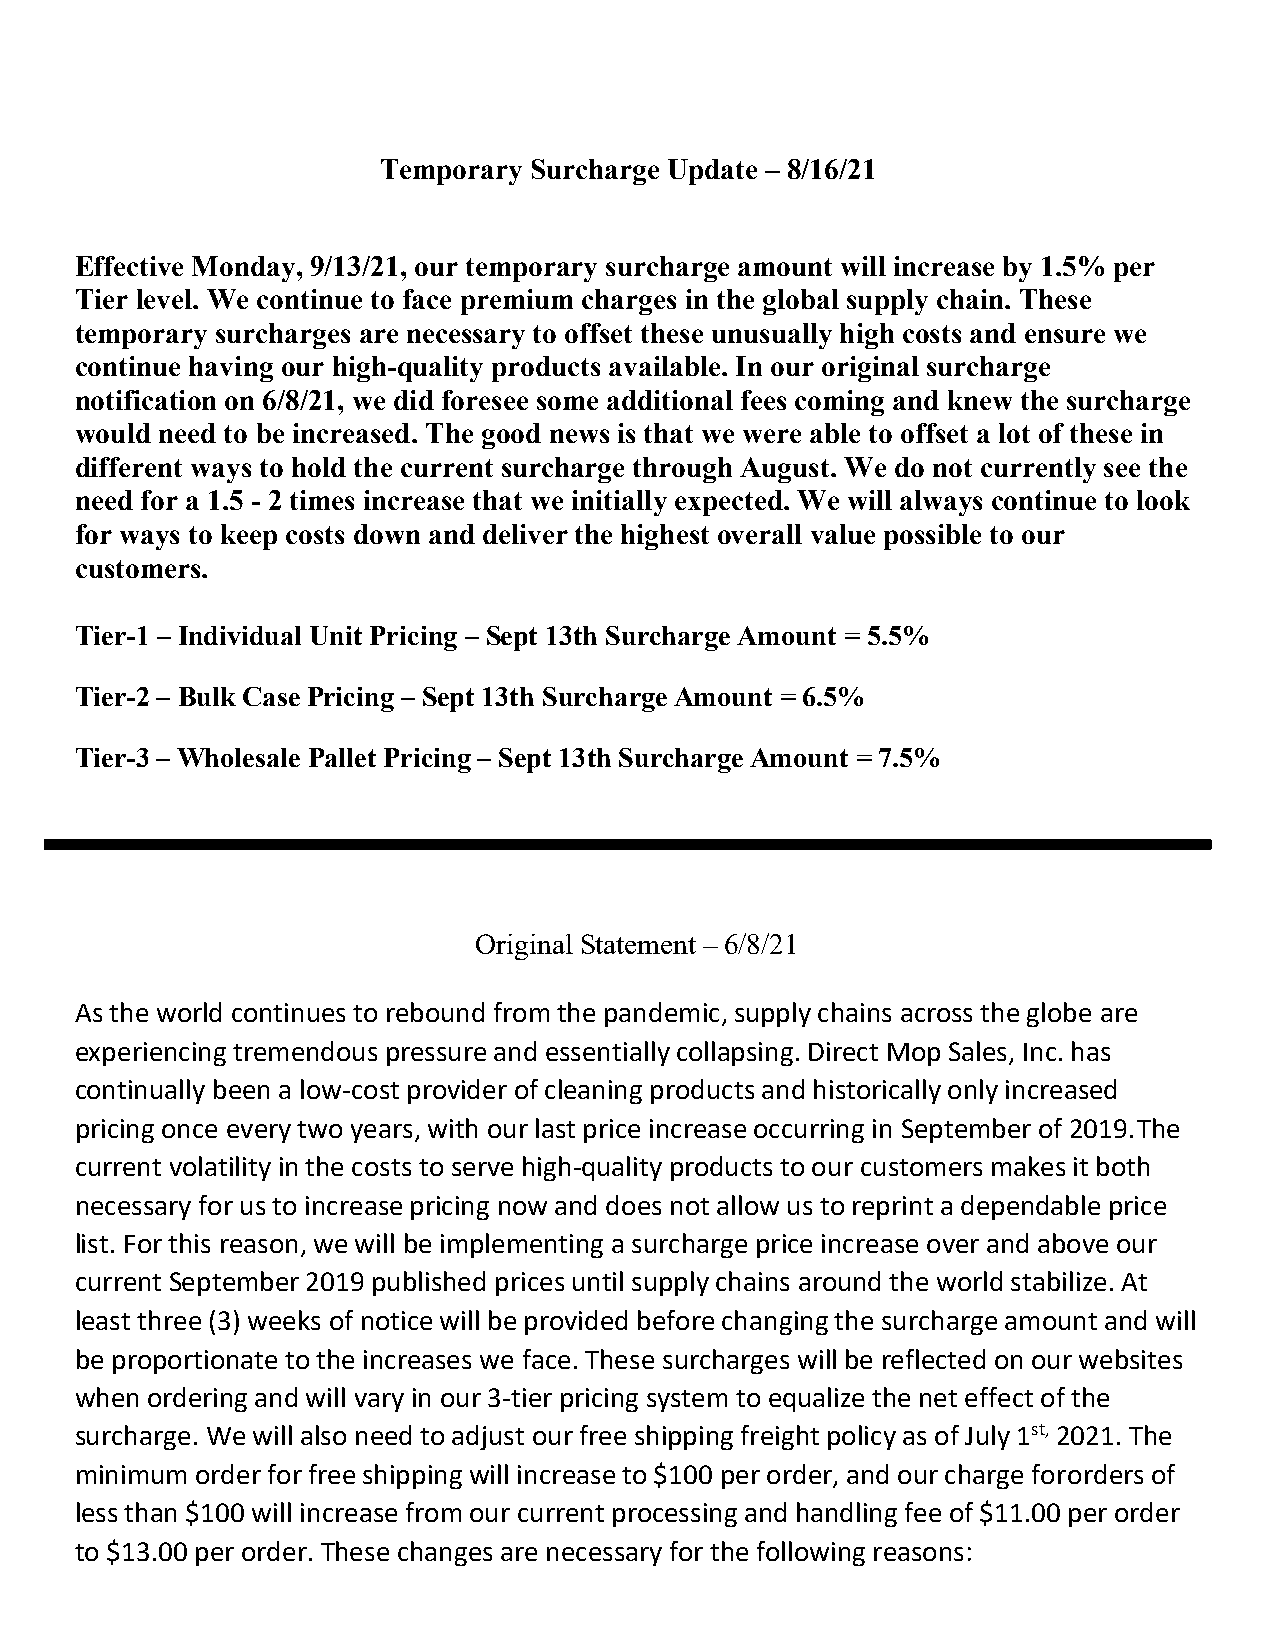
Temporary Surcharge Update – 8/16/21
 Effective Monday, 9/13/21, our temporary surcharge amount will increase by 1.5% per
 Tier level. We continue to face premium charges in the global supply chain. These
 temporary surcharges are necessary to offset these unusually high costs and ensure we
 continue having our high-quality products available. In our original surcharge
 notification on 6/8/21, we did foresee some additional fees coming and knew the surcharge
 would need to be increased. The good news is that we were able to offset a lot of these in
 different ways to hold the current surcharge through August. We do not currently see the
 need for a 1.5 - 2 times increase that we initially expected. We will always continue to look
 for ways to keep costs down and deliver the highest overall value possible to our
 customers.
 Tier-1 – Individual Unit Pricing – Sept 13th Surcharge Amount = 5.5%
 Tier-2 – Bulk Case Pricing – Sept 13th Surcharge Amount = 6.5%
 Tier-3 – Wholesale Pallet Pricing – Sept 13th Surcharge Amount = 7.5%
 Original Statement – 6/8/21
 As the world continues to rebound from the pandemic, supply chains across the globe are
 experiencing tremendous pressure and essentially collapsing. Direct Mop Sales, Inc. has
 continually been a low-cost provider of cleaning products and historically only increased
 pricing once every two years, with our last price increase occurring in September of 2019. The
 current volatility in the costs to serve high-quality products to our customers makes it both
 necessary for us to increase pricing now and does not allow us to reprint a dependable price
 list. For this reason, we will be implementing a surcharge price increase over and above our
 current September 2019 published prices until supply chains around the world stabilize. At
 least three (3) weeks of notice will be provided before changing the surcharge amount and will
 be proportionate to the increases we face. These surcharges will be reflected on our websites
 when ordering and will vary in our 3-tier pricing system to equalize the net effect of the
 surcharge. We will also need to adjust our free shipping freight policy as of July 1st, 2021. The
 minimum order for free shipping will increase to $100 per order, and our charge for orders of
 less than $100 will increase from our current processing and handling fee of $11.00 per order
 to $13.00 per order. These changes are necessary for the following reasons: